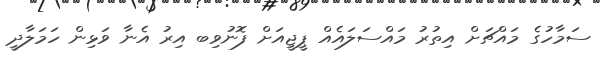
ސަމާހުގެ މައްޗަށް އިތުރު މައްސަލައެއް ޕީޖީއަށް ފޮނުވިބ އިރު އެނާ ވަޅިން ހަމަލާދީ